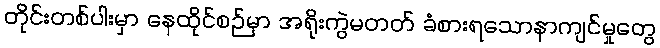
တိုင်းတစ်ပါးမှာ နေထိုင်စဉ်မှာ အရိုးကွဲမတတ် ခံစားရသောနာကျင်မှုတွေ